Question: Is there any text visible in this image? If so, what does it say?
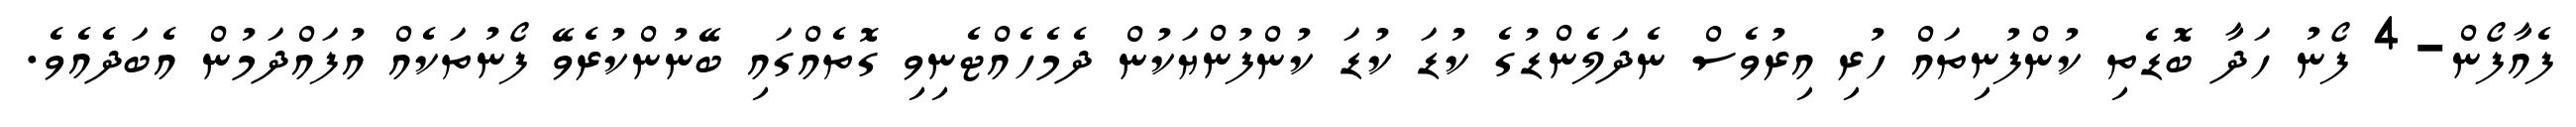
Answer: ފެއާފޯން-4 ފޯނު ހަދާ ބޮޑެތި ކުންފުނިތައް ހުރި އިރުވެސް ނެދަލެންޑުގެ ކުޑަ ކުޑަ ކުންފުންޔަކުން ދެމެހެއްޓެނިވި ގޮތެއްގައި ބޭނުންކުރެވޭ ފޯނުތަކެއް އުފައްދަމުން އެބަދެއެވެ.